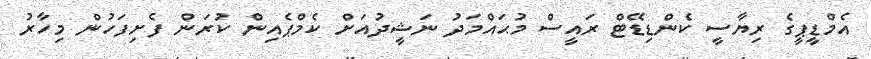
އެމްޑީޕީގެ ރިޔާސީ ކެންޑިޑޭޓް ރައީސް މުޙައްމަދު ނަޝީދުއަށް ކެމްޕެއިން ކުރަން ފެށިފަހުން މިހާރު